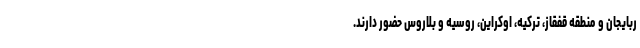
ربایجان و منطقه قفقاز، ترکیه، اوکراین، روسیه و بلاروس حضور دارند.